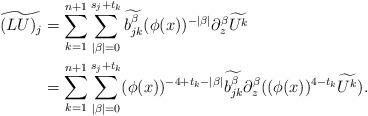
LaTeX: \begin{align*}\widetilde{(LU)_j} &= \sum_{k=1}^{n+1} \sum_{|\beta|=0}^{s_j+t_k} \widetilde{b_{jk}^{\beta}} (\phi(x))^{-|\beta|} \partial_z^{\beta} \widetilde{U^k}\\&=\sum_{k=1}^{n+1} \sum_{|\beta|=0}^{s_j+t_k} (\phi(x))^{-4+t_k-|\beta|} \widetilde{b_{jk}^{\beta}} \partial_z^{\beta} ((\phi(x))^{4-t_k} \widetilde{U^k}).\end{align*}